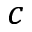
c